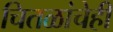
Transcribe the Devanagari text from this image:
चितळांचेही